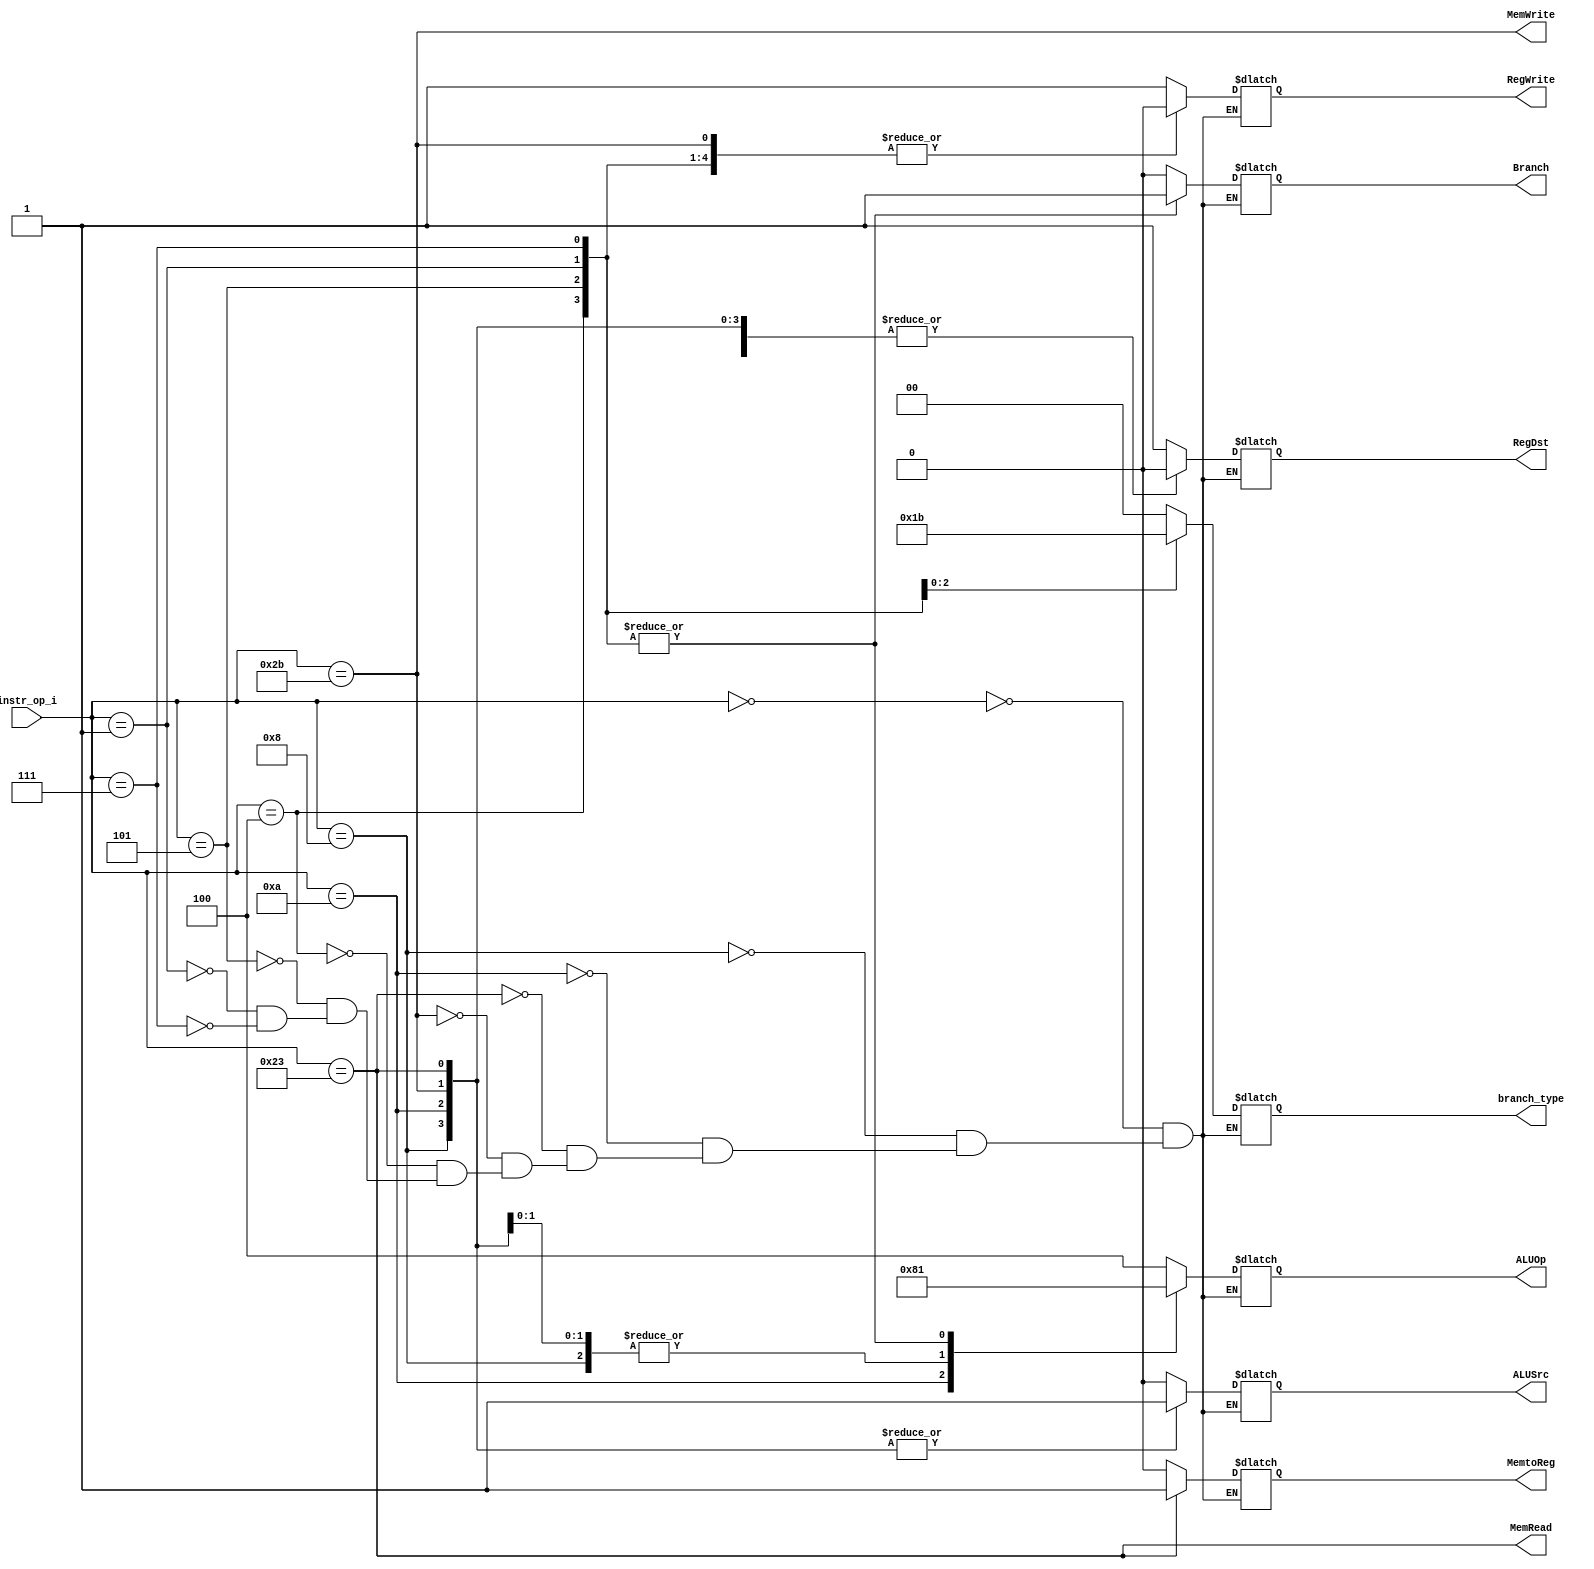
// id: 109550022

`timescale 1ns/1ps
module Decoder(
    instr_op_i,
	RegWrite,
	ALUOp,
	ALUSrc,
	RegDst,
	Branch,
	branch_type,
	MemRead,
	MemWrite,
	MemtoReg
	);
     
//I/O ports
input  [6-1:0] instr_op_i;

output [3-1:0] ALUOp;
output [2-1:0] branch_type;
output         RegWrite, ALUSrc, RegDst, Branch, MemRead, MemWrite, MemtoReg;
 
//Internal Signals
reg    [3-1:0] ALUOp;
reg    [2-1:0] branch_type;
reg            ALUSrc, RegWrite, RegDst, MemtoReg, Branch;
wire           MemRead, MemWrite;

//Parameter

//Main function

assign MemRead = (instr_op_i == 6'b100011); // lw
assign MemWrite = (instr_op_i == 6'b101011); // sw

always @(instr_op_i) begin
	case(instr_op_i)
		//r-format
		6'b000000:
		begin
		   ALUOp <= 3'b100;
		   RegDst <= 2'b01;
		   MemtoReg <= 2'b00;
		   RegWrite <= 1;
		   ALUSrc <= 0;
		   Branch <= 0;
		   branch_type <= 2'b00;
		end

		//addi
		6'b001000:	
		begin
		   ALUOp <= 3'b000;
		   RegDst <= 2'b00;
		   MemtoReg <= 2'b00;
		   RegWrite <= 1;
		   ALUSrc <= 1;
		   Branch <= 0;
		   branch_type <= 2'b00;
		end

	   	//slti
		6'b001010:	
		begin
		   ALUOp <= 3'b010;
		   RegDst <= 2'b00;
		   MemtoReg <= 2'b00;
		   RegWrite <= 1;
		   ALUSrc <= 1;
		   Branch <= 0;
		   branch_type <= 2'b00;
		end

		//lw
		6'b100011:	
		begin
		   ALUOp <= 3'b000;
		   RegDst <= 2'b00;
		   MemtoReg <= 2'b01;
		   RegWrite <= 1;
		   ALUSrc <= 1;
		   Branch <= 0;
		   branch_type <= 2'b00;
		end

		//sw
		6'b101011:	
		begin
	   	   ALUOp <= 3'b000;
		   RegDst <= 2'b00;
		   MemtoReg <= 2'b00;
		   RegWrite <= 0;
		   ALUSrc <= 1;
		   Branch <= 0;
		   branch_type <= 2'b00;
		end

		//beq
		6'b000100:	
		begin
		   ALUOp <= 3'b001;
		   RegDst <= 2'b00;
		   MemtoReg <= 2'b00;
		   RegWrite <= 0;
		   ALUSrc <= 0;
		   Branch <= 1;
		   branch_type <= 2'b00;
		end
		
		// bne:
		6'b000101:  
		begin
		   ALUOp <= 3'b001;
		   RegDst <= 2'b00;
		   MemtoReg <= 2'b00;
		   RegWrite <= 0;
		   ALUSrc <= 0;
		   Branch <= 1;
		   branch_type <= 2'b01;
		end
		
		// bge
		6'b000001:
		begin
		   ALUOp <= 3'b001;
		   RegDst <= 2'b00;
		   MemtoReg <= 2'b00;
		   RegWrite <= 0;
		   ALUSrc <= 0;
		   Branch <= 1;
		   branch_type <= 2'b10;
		end
		
		// bgt
		6'b000111:
		begin
		   ALUOp <= 3'b001;
		   RegDst <= 2'b00;
		   MemtoReg <= 2'b00;
		   RegWrite <= 0;
		   ALUSrc <= 0;
		   Branch <= 1;
		   branch_type <= 2'b11;
		end
		
	endcase
end
endmodule